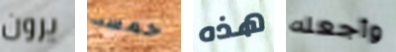
يرون خمسه هذه وأجعله